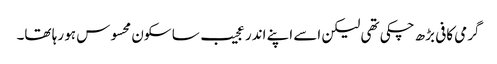
گرمی کافی بڑھ چکی تھی لیکن اسے اپنے اندر عجیب سا سکون محسوس ہو رہا تھا۔